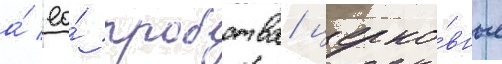
а́ ео́ пробства/ церко́вные